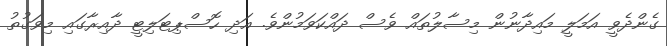
ގެންދެވީ އަމަލީ މައިދާނުން މިސާލުތައް ވެސް ދައްކަވަމުންވެ. އަދި ހޮސްޕިޓަލިޓީ ދާއިރާގައި މިވަގުތު